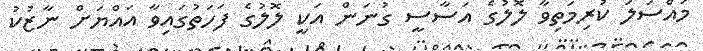
މައްސަލަ ކުރިމަތިވާ ލޮލުގެ އަސާސީ ގުނަން އަކީ ލޮލުގެ ފަހަތުގައިވާ އައްޔަށް ނާޒުކު